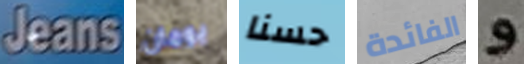
Jeans يومان حسنا الفائدة و